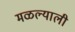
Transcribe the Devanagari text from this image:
मळल्याली